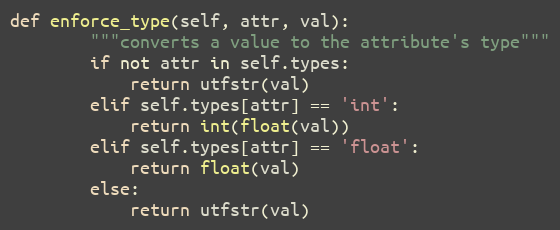
Language: Python
def enforce_type(self, attr, val):
        """converts a value to the attribute's type"""
        if not attr in self.types:
            return utfstr(val)
        elif self.types[attr] == 'int':
            return int(float(val))
        elif self.types[attr] == 'float':
            return float(val)
        else:
            return utfstr(val)